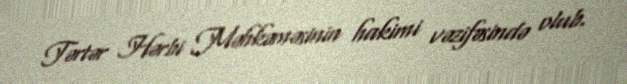
Tərtər Hərbi Məhkəməsinin hakimi vəzifəsində olub.